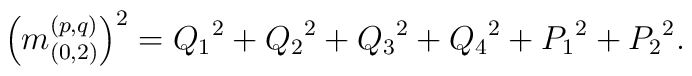
\left(m^{(p, q)}_{(0,2)}\right)^2 = {Q_{1}}^2 + {Q_{2}}^2 + {Q_{3}}^2 + {Q_{4}}^2 + {P_{1}}^2 + {P_{2}}^2.